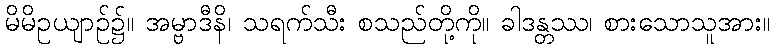
မိမိဥယျာဉ်၌။ အမ္ဗာဒီနိ၊ သရက်သီး စသည်တို့ကို။ ခါဒန္တဿ၊ စားသောသူအား။